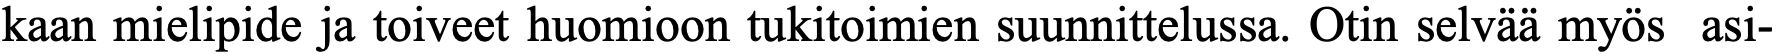
kaan mielipide ja toiveet huomioon tukitoimien suunnittelussa. Otin selvää myös asi-